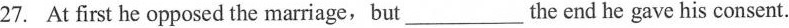
27. At first he opposed the marriage, but ___ the end he gave his consent.